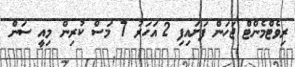
ރިވެޓްމެންޓް ޖަހަން ފަށައިފި 2 އަހަރު 7 މަސް ކުރިން މިއީ ސަން